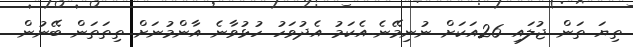
ތިޔަ ތަން ޖުލައި 26އަކަށް ނުނިމޭނެ..އެކަމު އެދުވަހު ހުޅުވާނެ އާންމުނަށް ތިތަތަން ބޭނުން